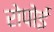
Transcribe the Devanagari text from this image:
रोपोई